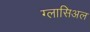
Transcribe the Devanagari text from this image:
ग्लासिअल